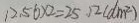
1 2 . 5 6 \times 2 = 2 5 . 1 2 ( d m ^ { 2 } )